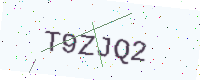
Text: T9ZJQ2